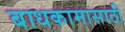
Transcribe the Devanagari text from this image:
बाधकामासाठी